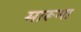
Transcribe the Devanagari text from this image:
मारूमा